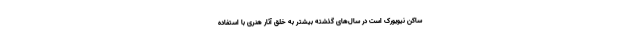
ساکن نیویورک است در سال‌های گذشته بیشتر به خلق آثار هنری با استفاده